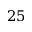
2 5